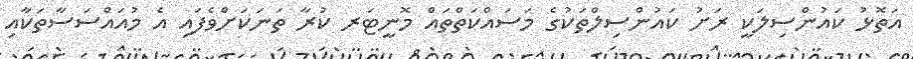
އަތޮޅު ކައުންސިލަކީ ރަށު ކައުންސިލްތަކުގެ މަސައްކަތްތައް މޮނީޓަރ ކުރާ ތަނަކަށްވެފައި އެ މުއައްސަސާތަކާއި